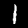
Digit: 1